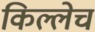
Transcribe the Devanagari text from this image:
किल्लेच